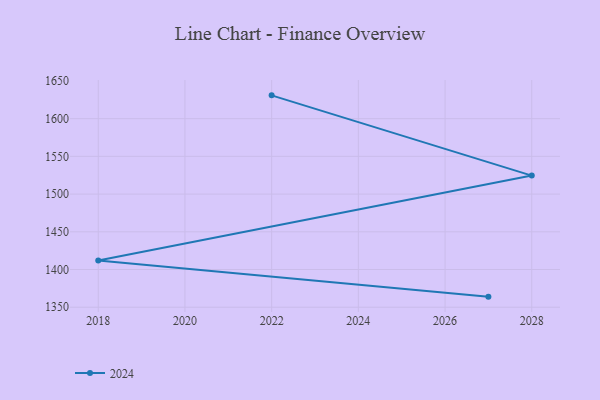
{"axis": {"x": "Year", "y": "Gross Profit (USD K)"}, "legend": ["2024"], "data": [{"x": "2027", "y": 1364.0, "type": "2024"}, {"x": "2018", "y": 1411.9, "type": "2024"}, {"x": "2028", "y": 1524.5, "type": "2024"}, {"x": "2022", "y": 1630.9, "type": "2024"}]}